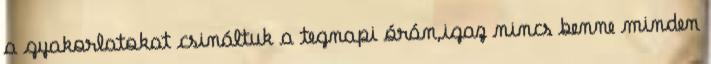
a gyakorlatokat csináltuk a tegnapi órán,igaz nincs benne minden